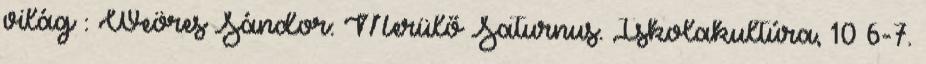
világ : Weöres Sándor: Merülő Saturnus. Iskolakultúra, 10 6-7.